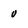
Character: v